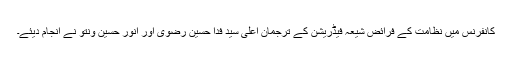
کانفرنس میں نظامت کے فرائض شیعہ فیڈریشن کے ترجمان اعلٰی سید فدا حسین رضوی اور انور حسین ونتو نے انجام دیئے۔